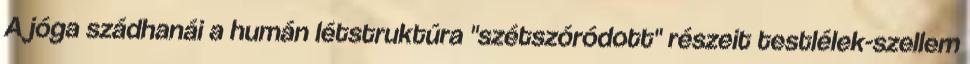
A jóga szádhanái a humán létstruktúra "szétszóródott" részeit testlélek-szellem